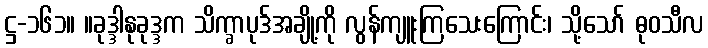
ဋ္ဌ-၁၆၁။ ။ခုဒ္ဒါနုခုဒ္ဒက သိက္ခာပုဒ်အချို့ကို လွန်ကျူးကြသေးကြောင်း၊ သို့သော် ဓုဝသီလ